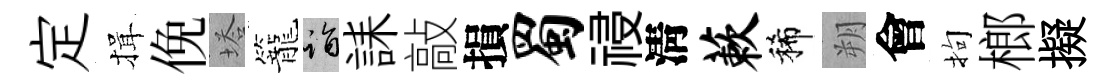
定揖俛塔籠诣誄敲損蜀祲淸蔌稀朔會拘榔擬